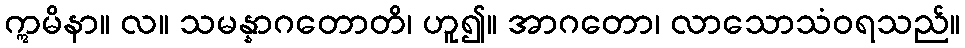
ဣမိနာ။ လ။ သမန္နာဂတောတိ၊ ဟူ၍။ အာဂတော၊ လာသောသံဝရသည်။